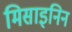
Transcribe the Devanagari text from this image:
मिसाइनिन